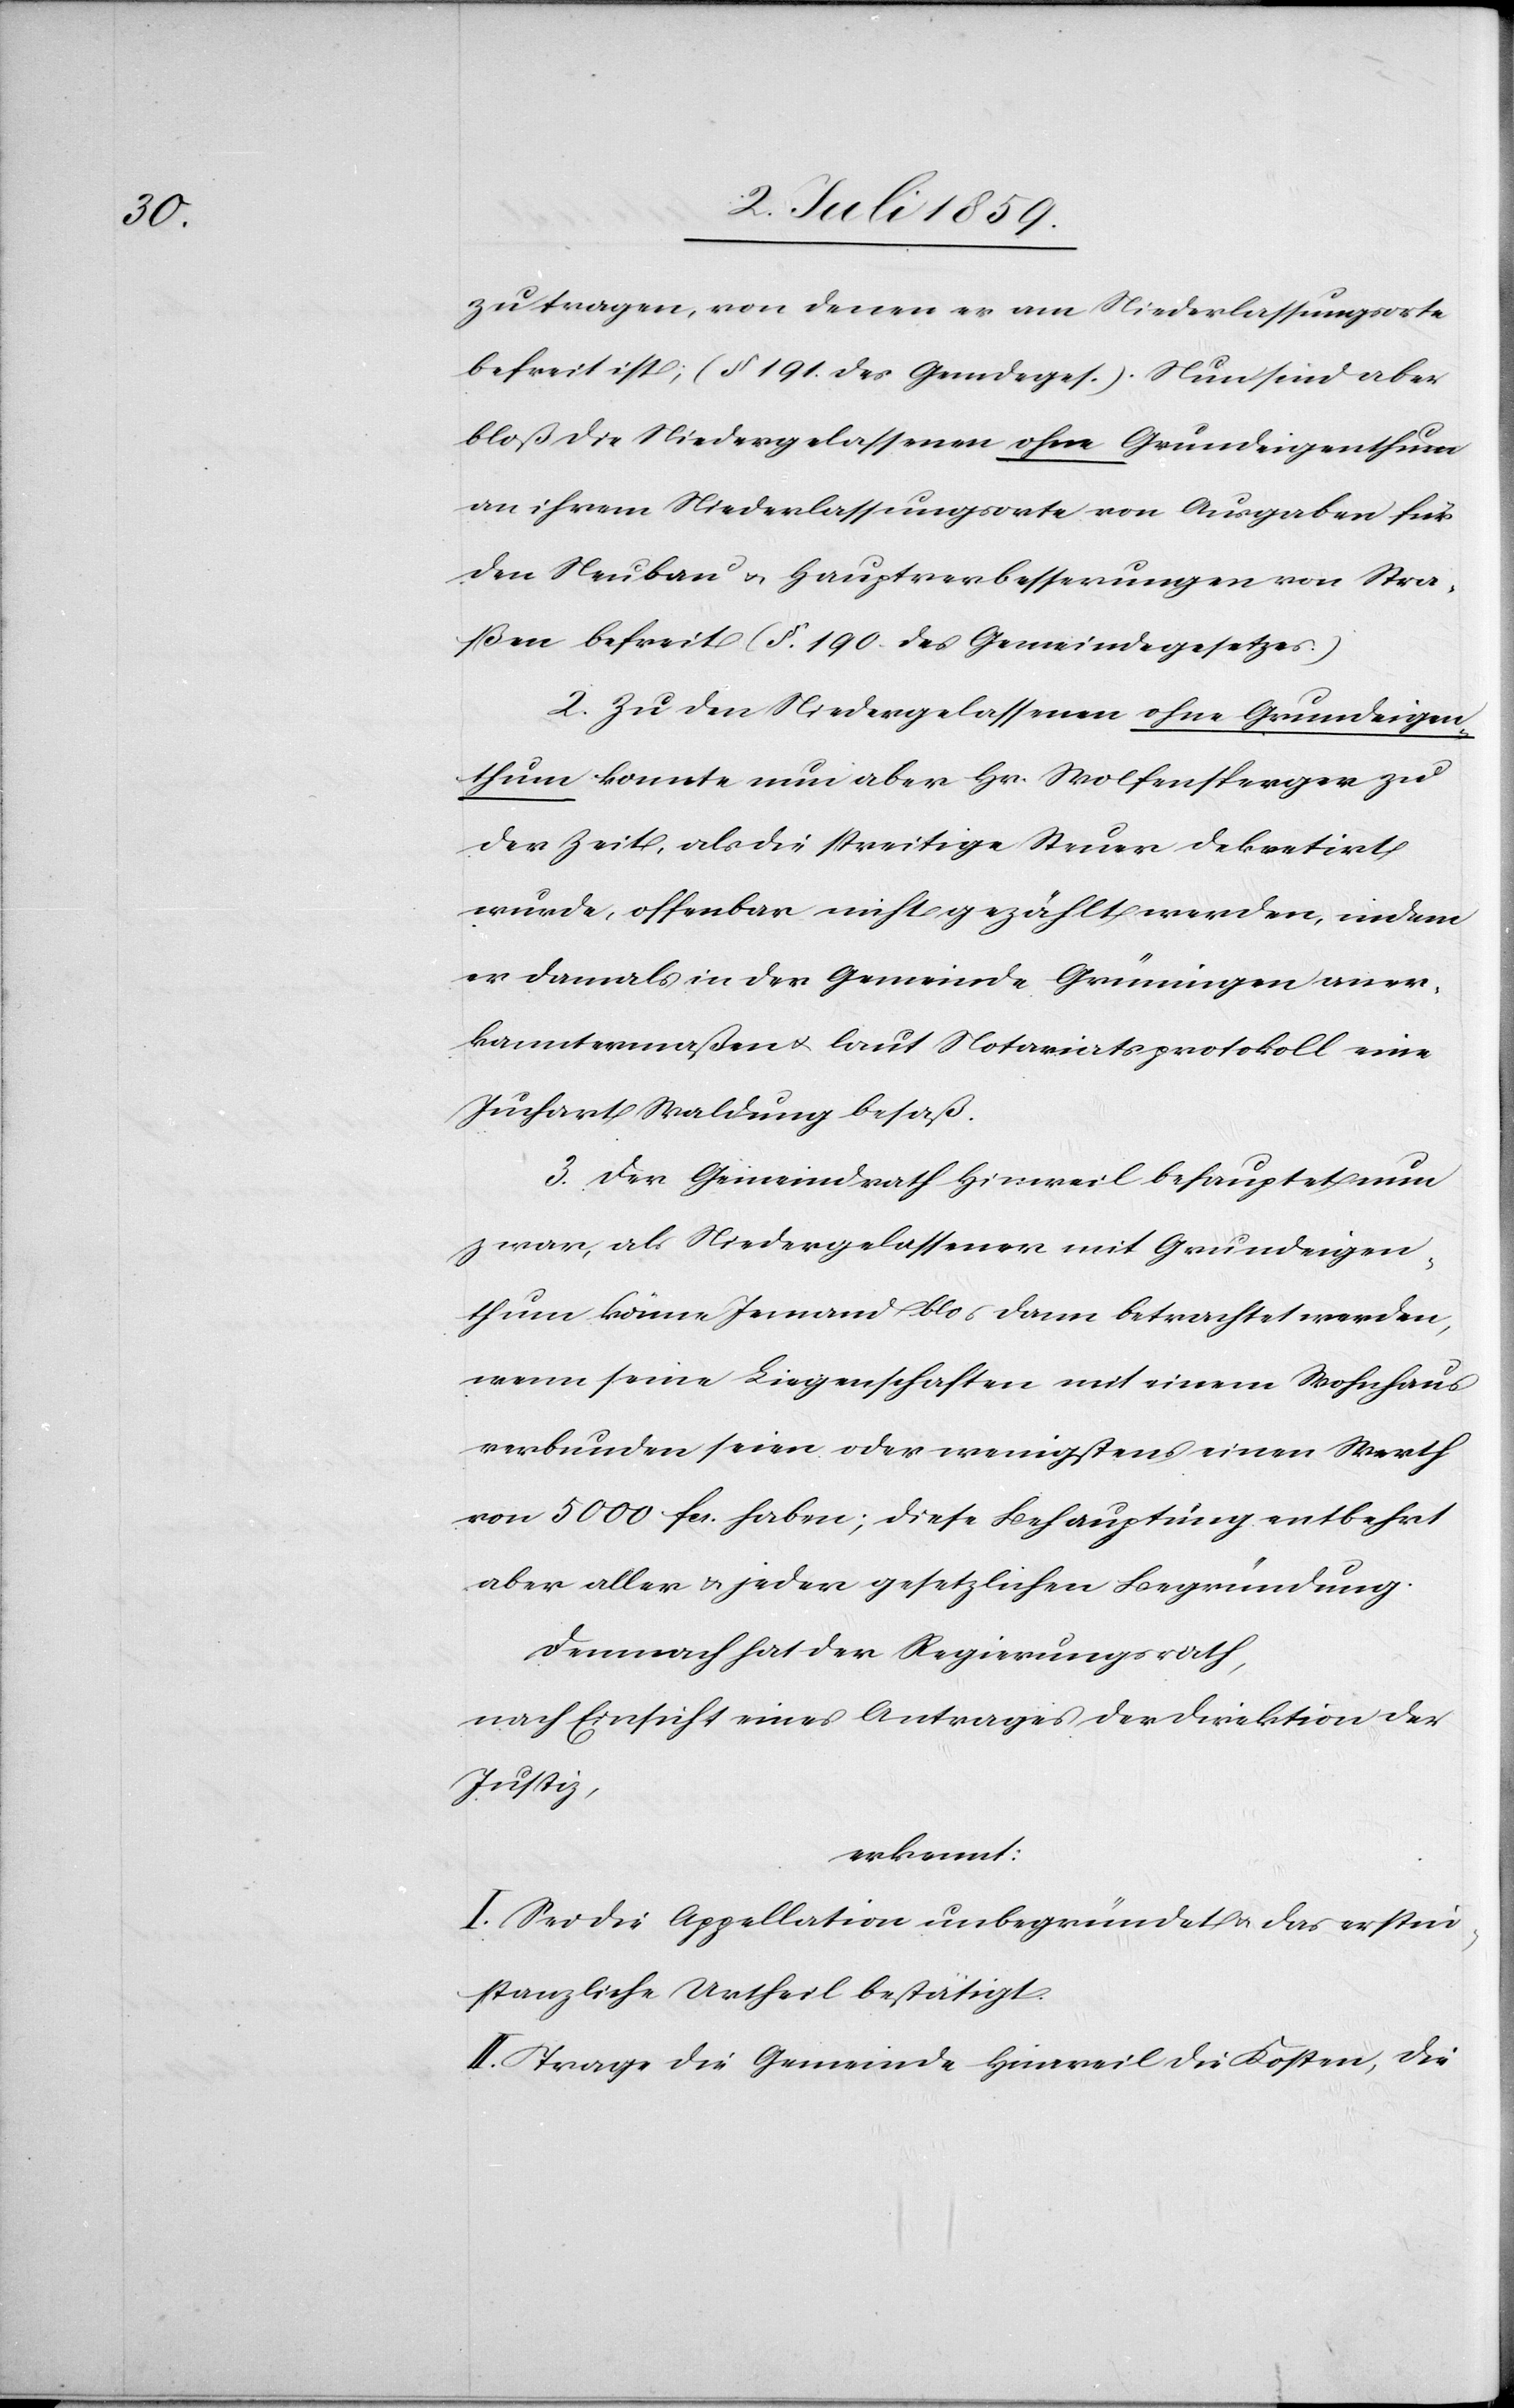
zu tragen, von denen er am Niederlassungsorte
befreit ist; (§ 191. des Gemdeges.). Nun sind aber
bloß die Niedergelassenen ohne Grundeigenthum
an ihrem Niederlassungsorte von Ausgaben für
den Neubau u. Hauptverbesserungen von Stra¬
ßen befreit (§ 190. des Gemeindegesetzes.)
2. zu den Niedergelassenen ohne Grundeigen¬
thum konnte nun aber Hr. Wolfensperger zu
der Zeit, als die streitige Steuer dekretirt
wurde, offenbar nicht gezählt werden, indem
er damals in der Gemeinde Grüningen aner¬
kanntermaßen u. laut Notariatsprotokoll eine
Juchart Waldung besaß.
3. Der Gemeindrath Hinweil behauptet nun
zwar, als Niedergelassener mit Grundeigen¬
thum könne Jemand blos [sic!] dann betrachtet werden,
wenn seine Liegenschaften mit einem Wohnhaus
verbunden seien oder wenigstens einen Werth
von 5000 fcs. haben; diese Behauptung entbehrt
aber aller u. jeder gesetzlichen Begründung.
Demnach hat der Regierungsrath,
nach Einsicht eines Antrages der Direktion der
Justiz,
erkannt:
I. Sei die Appellation unbegründet u. das erstin¬
stanzliche Urtheil bestätigt.
II. Trage die Gemeinde Hinweil die Kosten, die